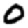
Digit: 0